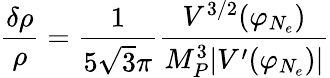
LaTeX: \frac{\delta\rho}{\rho}=\frac{1}{5\sqrt{3}\pi}\frac{V^{3/2}(\varphi_{N_{e}})}{M_{P}^{3}|V^{\prime}(\varphi_{N_{e}})|}